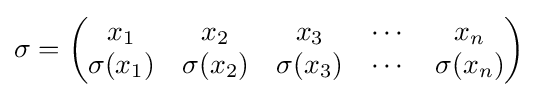
\sigma ={\begin{pmatrix}x_{1}&x_{2}&x_{3}&\cdots &x_{n}\\\sigma (x_{1})&\sigma (x_{2})&\sigma (x_{3})&\cdots &\sigma (x_{n})\end{pmatrix}}